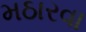
મઠારવા